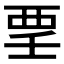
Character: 𲁉